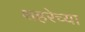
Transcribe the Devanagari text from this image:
शहरेच्या